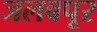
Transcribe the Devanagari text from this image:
जलबपूर